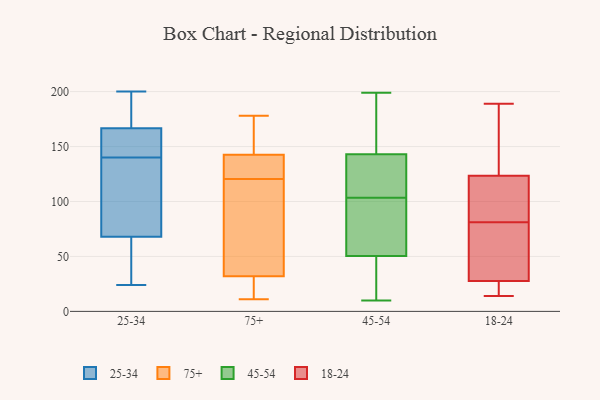
{"axis": {"x": "Market Share (%)", "y": "Value"}, "legend": ["18-24", "25-34", "45-54", "75+"], "data": [{"x": "", "y": 62, "type": "25-34"}, {"x": "", "y": 26, "type": "25-34"}, {"x": "", "y": 166, "type": "25-34"}, {"x": "", "y": 200, "type": "25-34"}, {"x": "", "y": 70, "type": "25-34"}, {"x": "", "y": 175, "type": "25-34"}, {"x": "", "y": 24, "type": "25-34"}, {"x": "", "y": 130, "type": "25-34"}, {"x": "", "y": 106, "type": "25-34"}, {"x": "", "y": 153, "type": "25-34"}, {"x": "", "y": 83, "type": "25-34"}, {"x": "", "y": 152, "type": "25-34"}, {"x": "", "y": 149, "type": "25-34"}, {"x": "", "y": 181, "type": "25-34"}, {"x": "", "y": 140, "type": "25-34"}, {"x": "", "y": 24, "type": "25-34"}, {"x": "", "y": 169, "type": "25-34"}, {"x": "", "y": 11, "type": "75+"}, {"x": "", "y": 33, "type": "75+"}, {"x": "", "y": 73, "type": "75+"}, {"x": "", "y": 164, "type": "75+"}, {"x": "", "y": 31, "type": "75+"}, {"x": "", "y": 101, "type": "75+"}, {"x": "", "y": 19, "type": "75+"}, {"x": "", "y": 30, "type": "75+"}, {"x": "", "y": 141, "type": "75+"}, {"x": "", "y": 133, "type": "75+"}, {"x": "", "y": 108, "type": "75+"}, {"x": "", "y": 143, "type": "75+"}, {"x": "", "y": 142, "type": "75+"}, {"x": "", "y": 148, "type": "75+"}, {"x": "", "y": 139, "type": "75+"}, {"x": "", "y": 178, "type": "75+"}, {"x": "", "y": 55, "type": "45-54"}, {"x": "", "y": 199, "type": "45-54"}, {"x": "", "y": 195, "type": "45-54"}, {"x": "", "y": 67, "type": "45-54"}, {"x": "", "y": 191, "type": "45-54"}, {"x": "", "y": 46, "type": "45-54"}, {"x": "", "y": 157, "type": "45-54"}, {"x": "", "y": 38, "type": "45-54"}, {"x": "", "y": 10, "type": "45-54"}, {"x": "", "y": 87, "type": "45-54"}, {"x": "", "y": 102, "type": "45-54"}, {"x": "", "y": 123, "type": "45-54"}, {"x": "", "y": 167, "type": "45-54"}, {"x": "", "y": 105, "type": "45-54"}, {"x": "", "y": 129, "type": "45-54"}, {"x": "", "y": 100, "type": "45-54"}, {"x": "", "y": 128, "type": "45-54"}, {"x": "", "y": 31, "type": "45-54"}, {"x": "", "y": 107, "type": "45-54"}, {"x": "", "y": 39, "type": "45-54"}, {"x": "", "y": 94, "type": "18-24"}, {"x": "", "y": 81, "type": "18-24"}, {"x": "", "y": 189, "type": "18-24"}, {"x": "", "y": 23, "type": "18-24"}, {"x": "", "y": 128, "type": "18-24"}, {"x": "", "y": 81, "type": "18-24"}, {"x": "", "y": 19, "type": "18-24"}, {"x": "", "y": 42, "type": "18-24"}, {"x": "", "y": 148, "type": "18-24"}, {"x": "", "y": 110, "type": "18-24"}, {"x": "", "y": 14, "type": "18-24"}]}